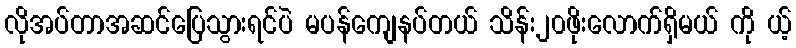
လိုအပ်တာအဆင်ပြေသွားရင်ပဲ မပန်ကျေနပ်တယ် သိန်း၂၀ဖိုးလောက်ရှိမယ် ကို ယ့်